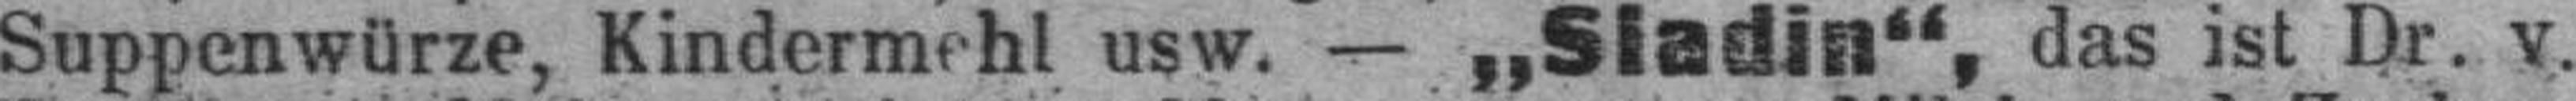
Suppenwürze, Kindermehl usw. — „Siadin“, das ist Dr. v.